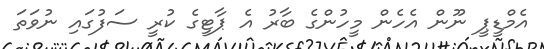
އެމްޑީޕީ ނޫން އެހެން މީހުންގެ ބާރު އެ ޕާޓީގެ ކުރީ ސަފުގައި ނުވަތަ